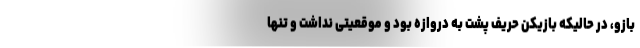
بازو، در حالیکه بازیکن حریف پشت به دروازه بود و موقعیتی نداشت و تنها